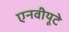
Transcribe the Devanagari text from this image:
एनवीयूटे